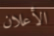
الأعلان